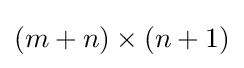
(m+n)\times (n+1)